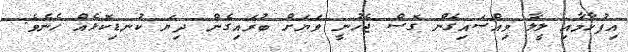
އިފުހާމާއި ލީލާ ވިއްސައިގެން ގޮސް ޖެހުނީ ވަޔަށް ބުރައިގެން ދިޔަ ކުނޑިކޮޅެއް ހެނެވެ.